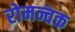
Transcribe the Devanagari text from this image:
रोमन्चक